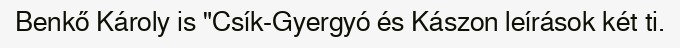
Benkő Károly is "Csík-Gyergyó és Kászon leírások két ti.